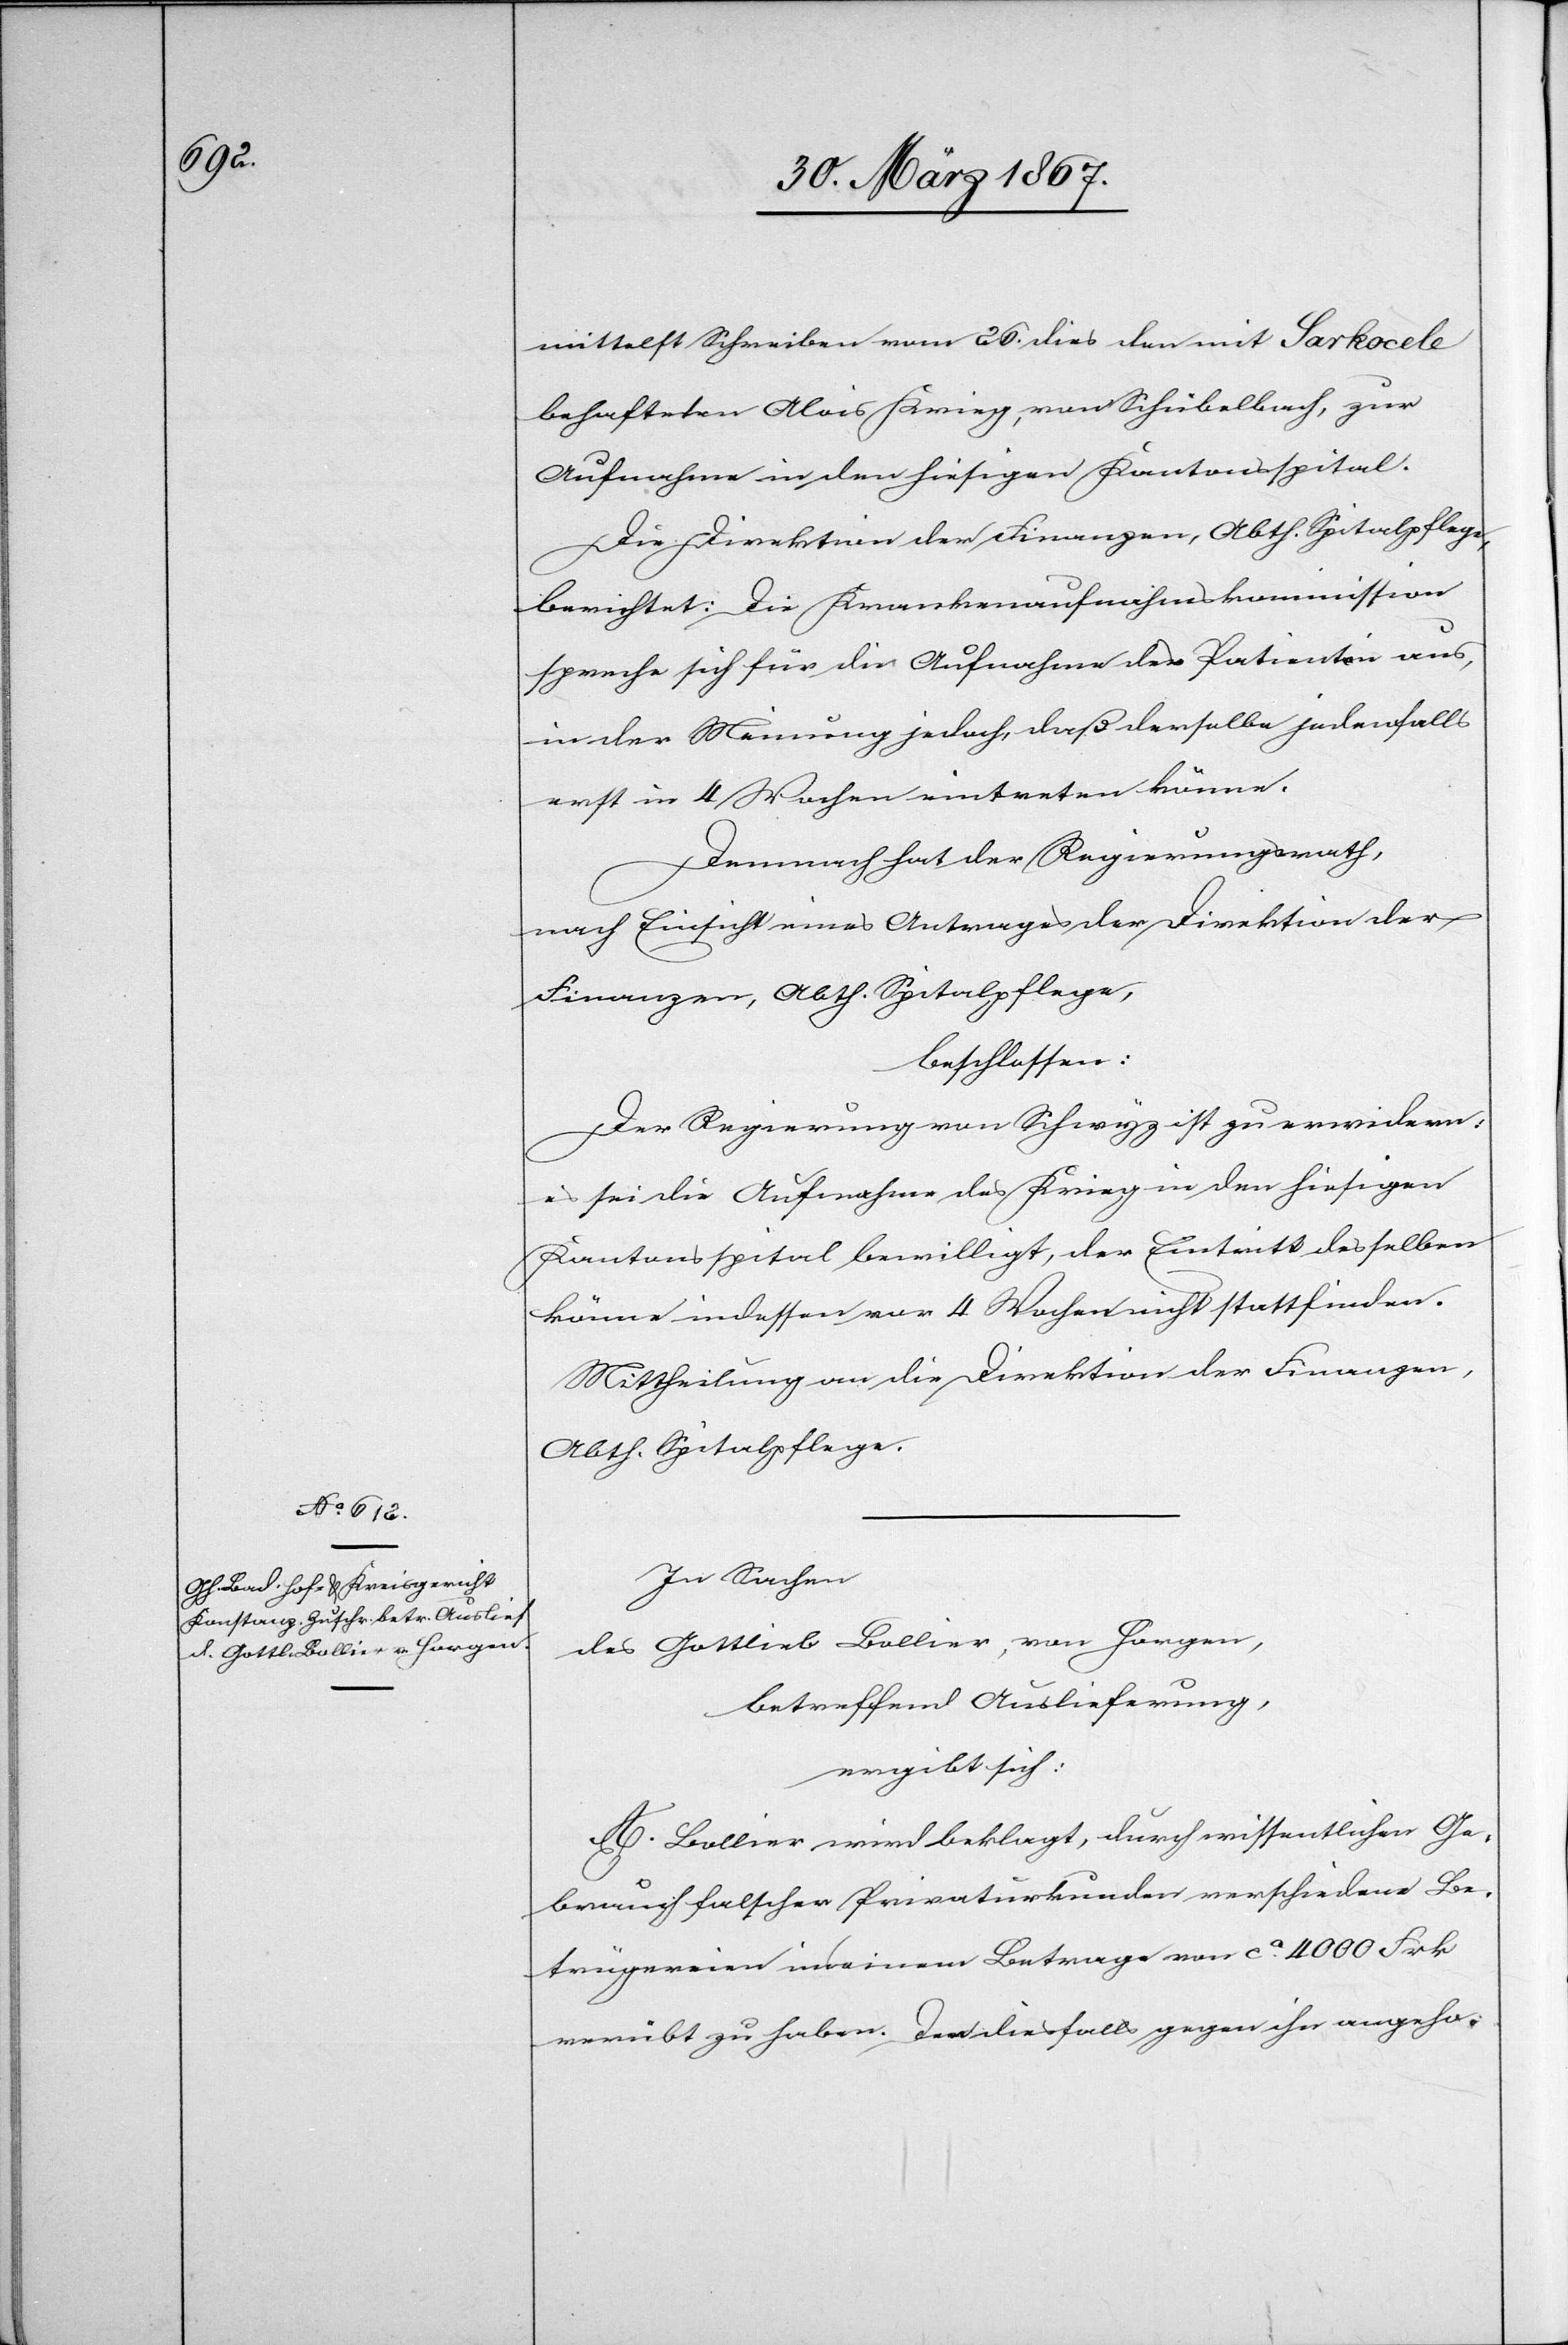
mittelst Schreiben vom 26. dies den mit Sarkocele
behafteten Alois Krieg, von Schübelbach, zur
Aufnahme in den hiesigen Kantonsspital.
Die Direktion der Finanzen, Abth. Spitalpflege,
berichtet: Die Krankenaufnahmskommission
spreche sich für die Aufnahme des Patienten aus,
in der Meinung jedoch, daß derselbe jedenfalls
erst in 4 Wochen eintreten könne.
Demnach hat der Regierungsrath,
nach Einsicht eines Antrages der Direktion der
Finanzen, Abth. Spitalpflege,
beschlossen:
Der Regierung von Schwyz ist zu erwidern:
es sei die Aufnahme des Krieg in den hiesigen
Kantonsspital bewilligt, der Eintritt desselben
könne indessen vor 4 Wochen nicht stattfinden.
Mittheilung an die Direktion der Finanzen,
Abth. Spitalpflege.
In Sachen
des Gottlieb Bollier, von Horgen
betreffend Auslieferung,
ergibt sich:
A. Bollier wird beklagt, durch wissentlichen Ge¬
brauch falscher Privaturkunden verschiedene Be¬
trügereien in einem Betrage von ca. 4000 Frk
verübt zu haben. Den diesfalls gegen ihn angeho-